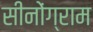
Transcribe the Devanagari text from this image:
सीनोंग्राम